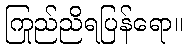
ကြည်ညိုရပြန်ရော။